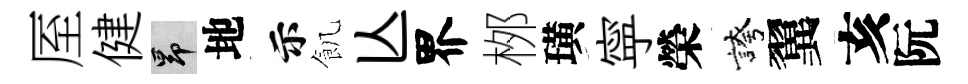
厔健昂地示飢亾界桞璜寜榮誇翼亥阮